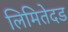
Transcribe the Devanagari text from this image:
लिमितेदड